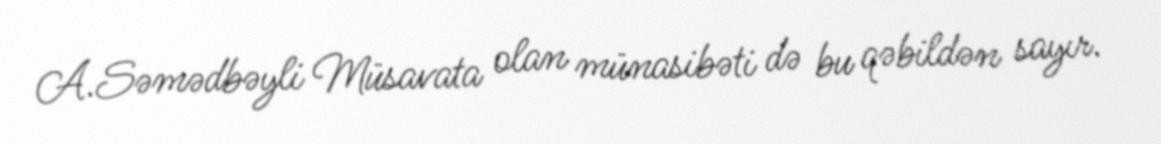
A.Səmədbəyli Müsavata olan münasibəti də bu qəbildən sayır.